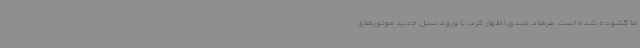
ما گشوده شده است. فرهاد عبدی اظهار کرد: با ورود نسل جدید موتورهای